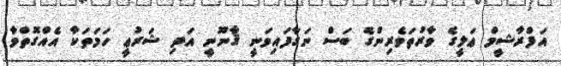
އަފްރާޝީމް ޢަލީގެ ވާރުތަވެރިންގެ ބަސް ނަގާފައިވަނީ ޤާނޫނީ އަދި ޝަރުޢީ ހަމަތަކާ އެއްގޮތްވާ